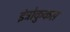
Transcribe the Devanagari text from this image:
इंट्रोकुकस